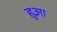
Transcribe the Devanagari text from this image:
हुआ़